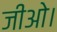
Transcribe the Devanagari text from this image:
जीओ।